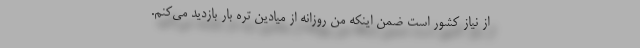
از نیاز کشور است ضمن اینکه من روزانه از میادین تره بار بازدید می‌کنم.